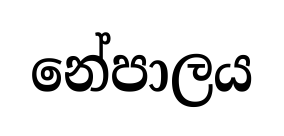
නේපාලය